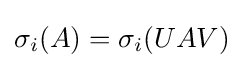
\sigma _{i}(A)=\sigma _{i}(UAV)